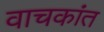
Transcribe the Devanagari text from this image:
वाचकांत